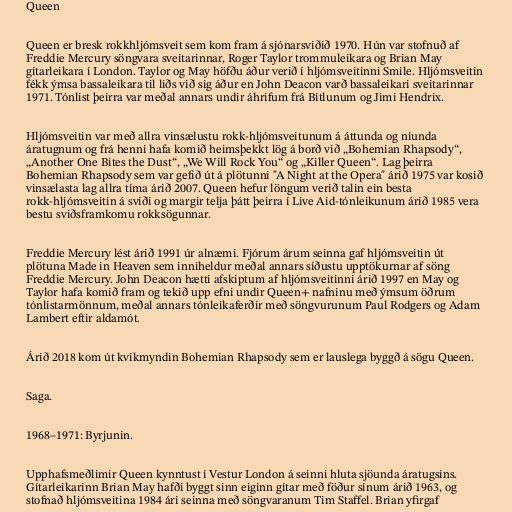
Queen

Queen er bresk rokkhljómsveit sem kom fram á sjónarsviðið 1970. Hún var stofnuð af
Freddie Mercury söngvara sveitarinnar, Roger Taylor trommuleikara og Brian May
gítarleikara í London. Taylor og May höfðu áður verið í hljómsveitinni Smile. Hljómsveitin
fékk ýmsa bassaleikara til liðs við sig áður en John Deacon varð bassaleikari sveitarinnar
1971. Tónlist þeirra var meðal annars undir áhrifum frá Bítlunum og Jimi Hendrix.

Hljómsveitin var með allra vinsælustu rokk-hljómsveitunum á áttunda og níunda
áratugnum og frá henni hafa komið heimsþekkt lög á borð við „Bohemian Rhapsody“,
„Another One Bites the Dust“, „We Will Rock You“ og „Killer Queen“. Lag þeirra
Bohemian Rhapsody sem var gefið út á plötunni "A Night at the Opera" árið 1975 var kosið
vinsælasta lag allra tíma árið 2007. Queen hefur löngum verið talin ein besta
rokk-hljómsveitin á sviði og margir telja þátt þeirra í Live Aid-tónleikunum árið 1985 vera
bestu sviðsframkomu rokksögunnar.

Freddie Mercury lést árið 1991 úr alnæmi. Fjórum árum seinna gaf hljómsveitin út
plötuna Made in Heaven sem inniheldur meðal annars síðustu upptökurnar af söng
Freddie Mercury. John Deacon hætti afskiptum af hljómsveitinni árið 1997 en May og
Taylor hafa komið fram og tekið upp efni undir Queen+ nafninu með ýmsum öðrum
tónlistarmönnum, meðal annars tónleikaferðir með söngvurunum Paul Rodgers og Adam
Lambert eftir aldamót.

Árið 2018 kom út kvikmyndin Bohemian Rhapsody sem er lauslega byggð á sögu Queen.

Saga.

1968–1971: Byrjunin.

Upphafsmeðlimir Queen kynntust í Vestur London á seinni hluta sjöunda áratugsins.
Gítarleikarinn Brian May hafði byggt sinn eiginn gítar með föður sínum árið 1963, og
stofnað hljómsveitina 1984 ári seinna með söngvaranum Tim Staffel. Brian yfirgaf